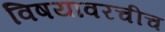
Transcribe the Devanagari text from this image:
विषयावरचीच